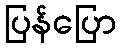
ပြန်ပြော